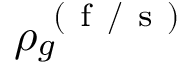
\rho _ { g } ^ { \mathrm { ~ ( ~ f ~ / ~ s ~ ) ~ } }